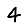
Digit: 4